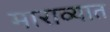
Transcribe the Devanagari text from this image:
माराव्यात